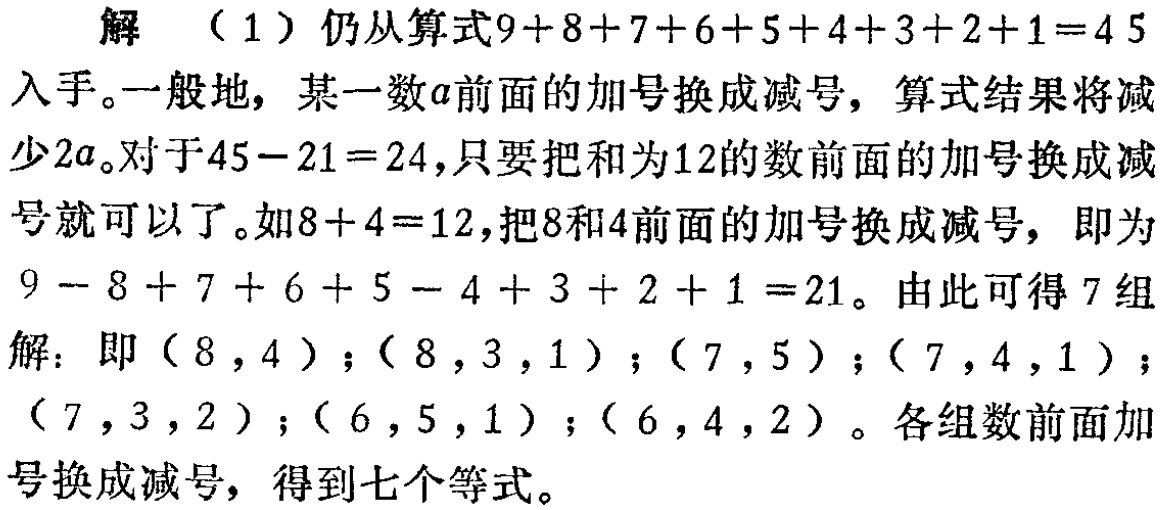
解 （1）仍从算式\(9 + 8 + 7 + 6 + 5 + 4 + 3 + 2 + 1 = 45\)入手。一般地，某一数\(a\)前面的加号换成减号，算式结果将减少\(2a\)。对于\(45 - 21 = 24\)，只要把和为\(12\)的数前面的加号换成减号就可以了。如\(8 + 4 = 12\)，把\(8\)和\(4\)前面的加号换成减号，即为\(9 - 8 + 7 + 6 + 5 - 4 + 3 + 2 + 1 = 21\)。由此可得\(7\)组解：即\((8,4)\)；\((8,3,1)\)；\((7,5)\)；\((7,4,1)\)；\((7,3,2)\)；\((6,5,1)\)；\((6,4,2)\)。各组数前面加号换成减号，得到七个等式。